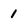
Character: I